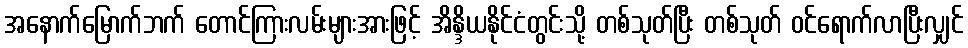
အနောက်မြောက်ဘက် တောင်ကြားလမ်းများအားဖြင့် အိန္ဒိယနိုင်ငံတွင်းသို့ တစ်သုတ်ပြီး တစ်သုတ် ဝင်ရောက်လာပြီးလျှင်